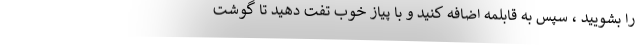
را بشویید ، سپس به قابلمه اضافه کنید و با پیاز خوب تفت دهید تا گوشت